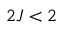
2 J < 2